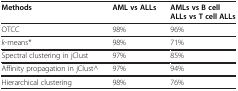
| Methods | AML vs ALLs | AMLs vs B cell ALLs vs T cell ALLs |
 | --- | --- | --- |
 | OTCC | 98% | 96% |
 | k-means* | 98% | 71% |
 | Spectral clustering in jClust | 97% | 85% |
 | Affinity propagation in jClust^ | 97% | 94% |
 | Hierarchical clustering | 98% | 76% |